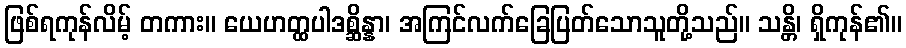
ဖြစ်ရကုန်လိမ့် တကား။ ယေဟတ္ထပါဒစ္ဆိန္နာ၊ အကြင်လက်ခြေပြတ်သောသူတို့သည်။ သန္တိ၊ ရှိကုန်၏။